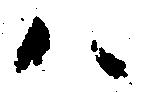
ハ